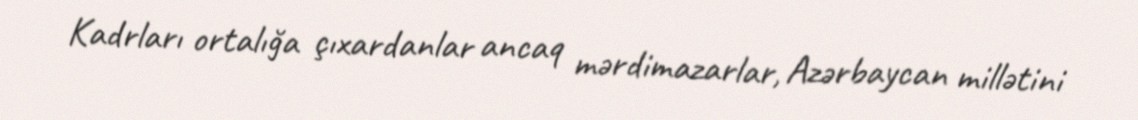
Kadrları ortalığa çıxardanlar ancaq mərdimazarlar, Azərbaycan millətini